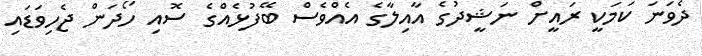
ދެވަނަ ކަމަކީ ރައީށް ނަޝީދުގެ އާއިލާގެ އެއްވެސް ބޭފުޅެއްގެ ސޮއި ހޯދަން ޖެހިވަޑައި